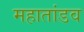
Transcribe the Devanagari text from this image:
महातांडव